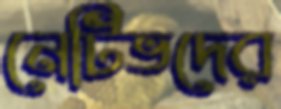
নেটিভদের